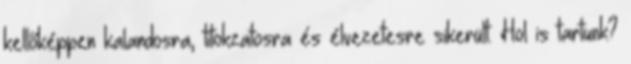
kellőképpen kalandosra, titokzatosra és élvezetesre sikerült. Hol is tartunk?